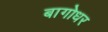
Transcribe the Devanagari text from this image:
बागोधर